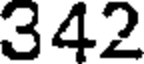
342